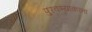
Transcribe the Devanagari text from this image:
पुरवण्याकरता